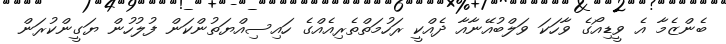
ބެންޒެމާ އެ ވީޑިއޯގެ ވާހަކަ ވަލްބުއޭނާއާ ދެއްކީ ރަހުމަތްތެރިއެއްގެ ހައިސިއްޔަތުންކަން ފުލުހުން ޔަގީންކުރަން